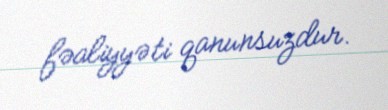
fəaliyyəti qanunsuzdur.